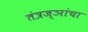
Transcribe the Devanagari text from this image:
तंत्रज्ञांचा